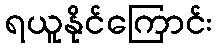
ရယူနိုင်ကြောင်း